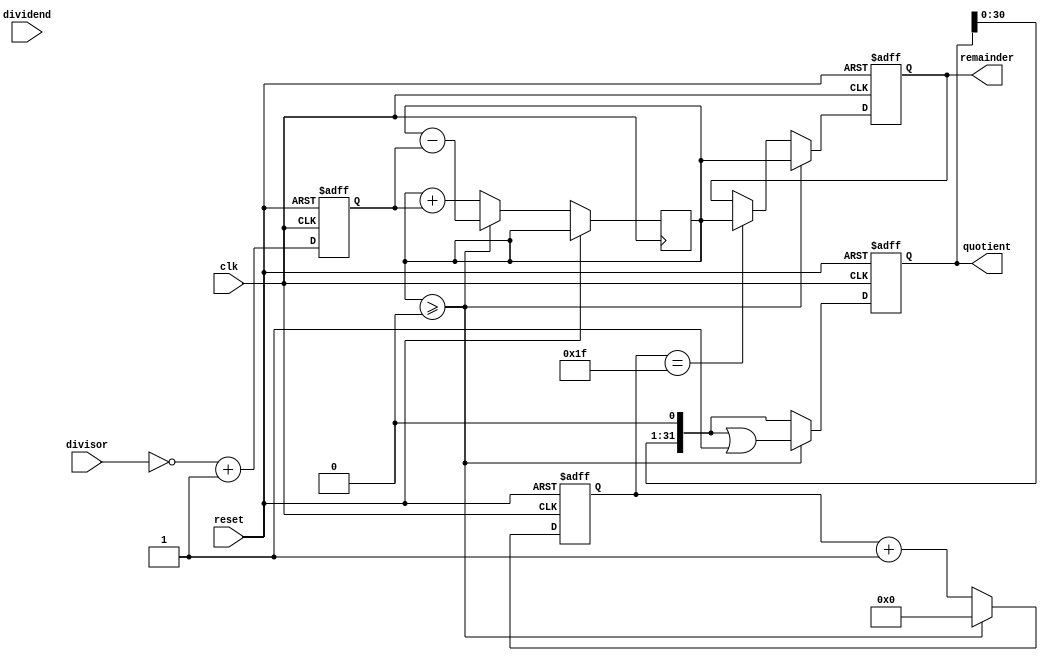
module restoring_divider(
    input wire clk,
    input wire reset,
    input wire [31:0] dividend,
    input wire [31:0] divisor,
    output reg [31:0] quotient,
    output reg [31:0] remainder
);

reg [31:0] divisor_neg;
reg [31:0] temp_remainder;
reg [5:0] count;

always @ (posedge clk or posedge reset) begin
    if (reset) begin
        dividend_temp <= 0;
        divisor_neg <= 0;
        quotient <= 0;
        remainder <= 0;
        count <= 0;
    end else begin
        divisor_neg <= ~divisor + 1;
        temp_remainder <= {dividend, 6'b0}; // shift left by 6 bits for the next iteration
        
        if (temp_remainder >= 0) begin
            temp_remainder <= temp_remainder - divisor_neg;
            quotient <= quotient << 1 | 1;
        end else begin
            quotient <= quotient << 1;
        end
        
        if (temp_remainder >= 0) begin
            remainder <= temp_remainder;
            count <= 0;
        end else begin
            count <= count + 1;
            temp_remainder <= temp_remainder + divisor_neg;
            
            if (count == 31) begin
                remainder <= temp_remainder;
            end
        end
    end
end

endmodule